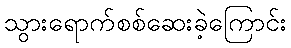
သွားရောက်စစ်ဆေးခဲ့ကြောင်း